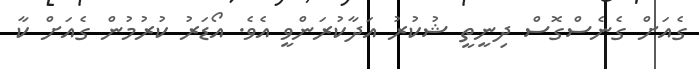
ގެއަށް ގެނެސްގޮސް ދިނީތީ ޝުކުރު އަދާކުރަންވީ އެވެ. އޯޑަރު ކުރުމުން ގެއަށް ކާ